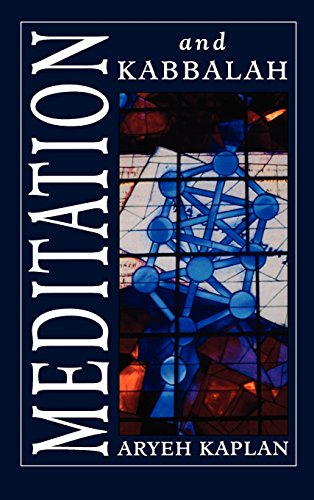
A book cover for Meditation and Kabbalah; Aryeh Kaplan; Religion & Spirituality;